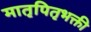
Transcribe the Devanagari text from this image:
मातृपितृभक्ती